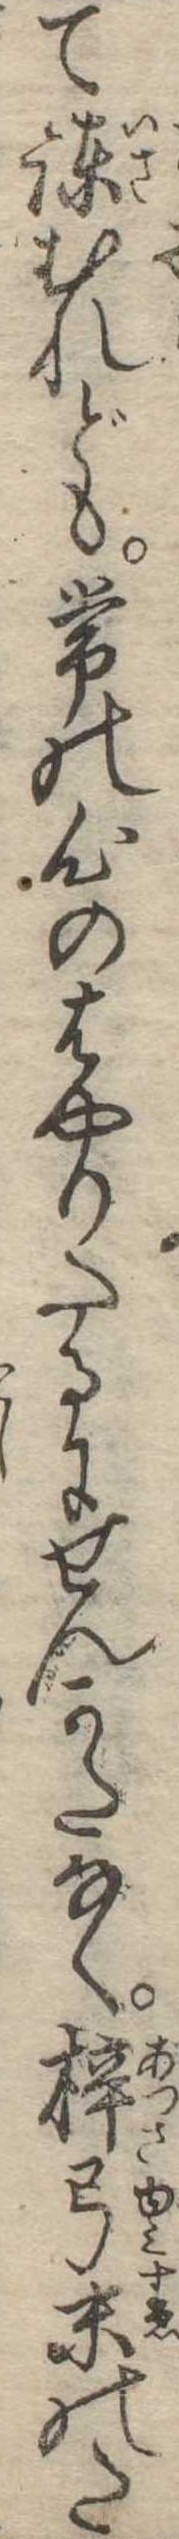
て諌むれども常の心のはやりたるにせんかたなく梓弓末のた